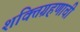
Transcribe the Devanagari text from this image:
शक्तिग्रहणाची